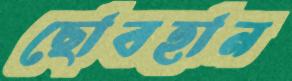
ছোবহান